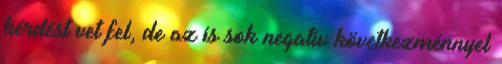
kérdést vet fel, de az is sok negatív következménnyel